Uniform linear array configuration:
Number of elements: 4
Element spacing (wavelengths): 0.25
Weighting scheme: cosine
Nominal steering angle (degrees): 30
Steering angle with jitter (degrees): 30.954
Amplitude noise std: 0.05
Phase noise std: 0.05

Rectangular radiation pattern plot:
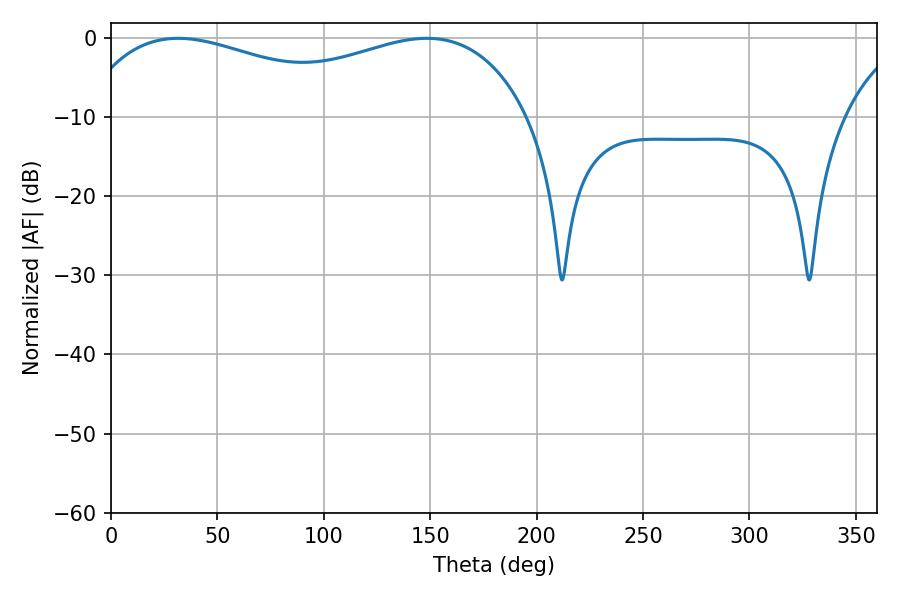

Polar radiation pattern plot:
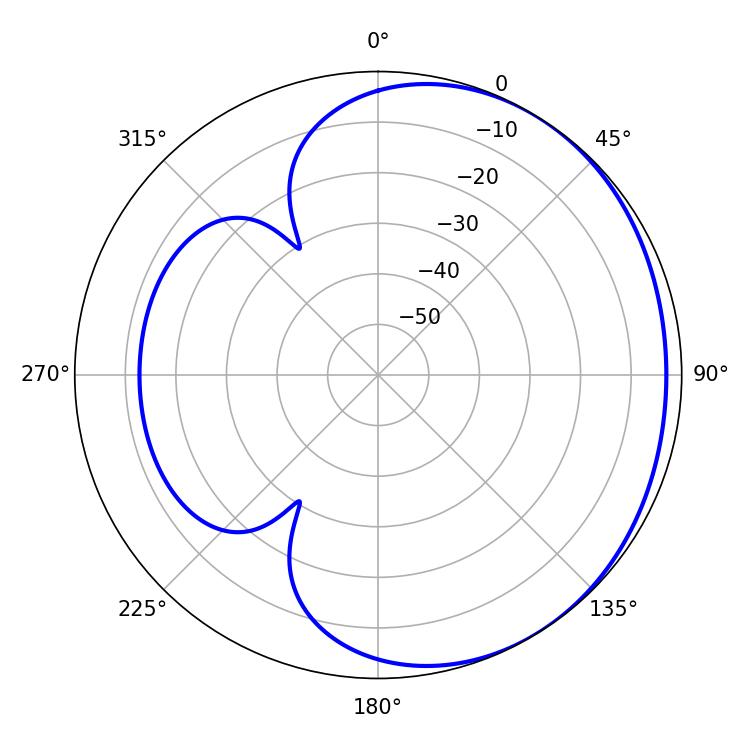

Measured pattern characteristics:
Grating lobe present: FALSE
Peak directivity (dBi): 1.701
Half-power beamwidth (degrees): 82.98
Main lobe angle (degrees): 31.5